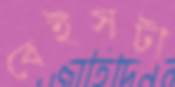
বেইসটা